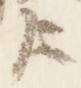
歟